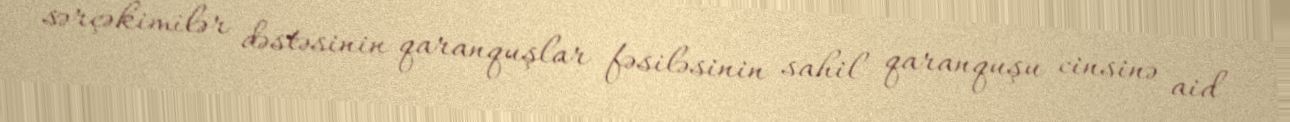
sərçəkimilər dəstəsinin qaranquşlar fəsiləsinin sahil qaranquşu cinsinə aid